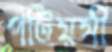
পটিয়সী